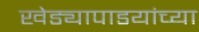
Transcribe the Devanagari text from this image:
खेड्यापाडयांच्या